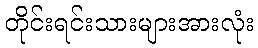
တိုင်းရင်းသားများအားလုံး